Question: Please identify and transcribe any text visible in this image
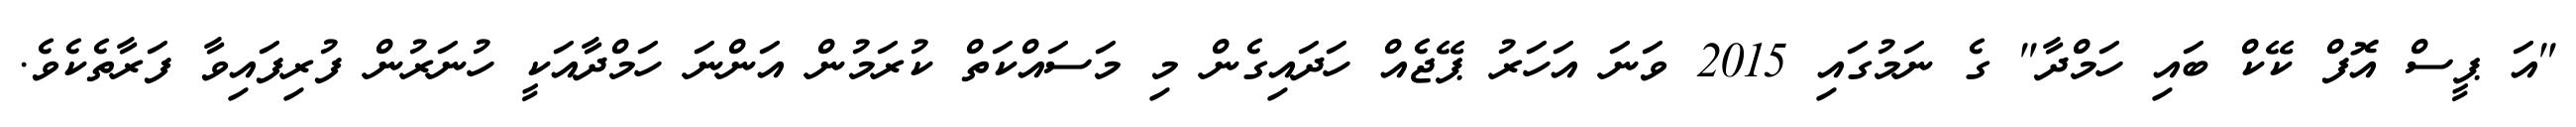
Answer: "އަ ޕީސް އޮފް ކޭކް ބައި ހަމްދާ" ގެ ނަމުގައި 2015 ވަނަ އަހަރު ޕޭޖެއް ހަދައިގެން މި މަސައްކަތް ކުރަމުން އަންނަ ހަމްދާއަކީ ހުނަރުން ފުރިފައިވާ ފަރާތެކެވެ.